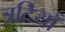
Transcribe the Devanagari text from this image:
त्रटियाँ